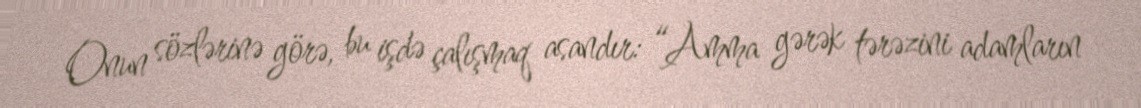
Onun sözlərinə görə, bu işdə çalışmaq asandır: “Amma gərək tərəzini adamların